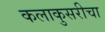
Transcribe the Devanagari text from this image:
कलाकुसरीचा